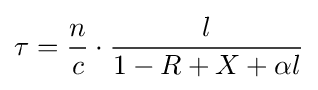
\tau ={\frac {n}{c}}\cdot {\frac {l}{1-R+X+\alpha l}}